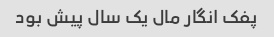
پفک انگار مال یک سال پیش بود